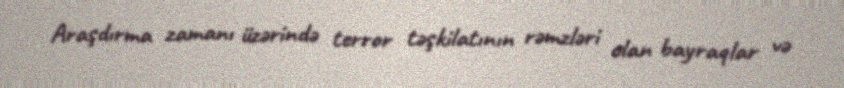
Araşdırma zamanı üzərində terror təşkilatının rəmzləri olan bayraqlar və